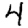
Digit: 4